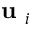
\textbf { u } _ { i }